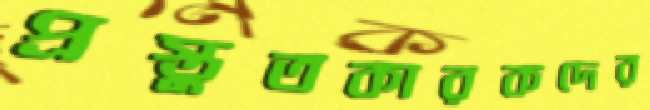
প্রস্তুতকারকদের